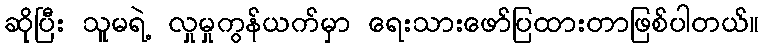
ဆိုပြီး သူမရဲ့ လှုမှုကွန်ယက်မှာ ရေးသားဖော်ပြထားတာဖြစ်ပါတယ်။